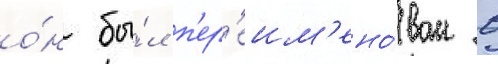
о́н бы́л п'ер'еим'ено́ван в